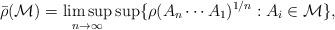
LaTeX: \begin{align*}\bar{\rho}(\mathcal M)=\limsup_{n\to \infty} \sup\{ \rho (A_n\cdots A_1)^{1/n}: A_i \in \mathcal M \},\end{align*}